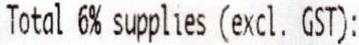
TOTAL 6% SUPPLIES (EXCL. GST):